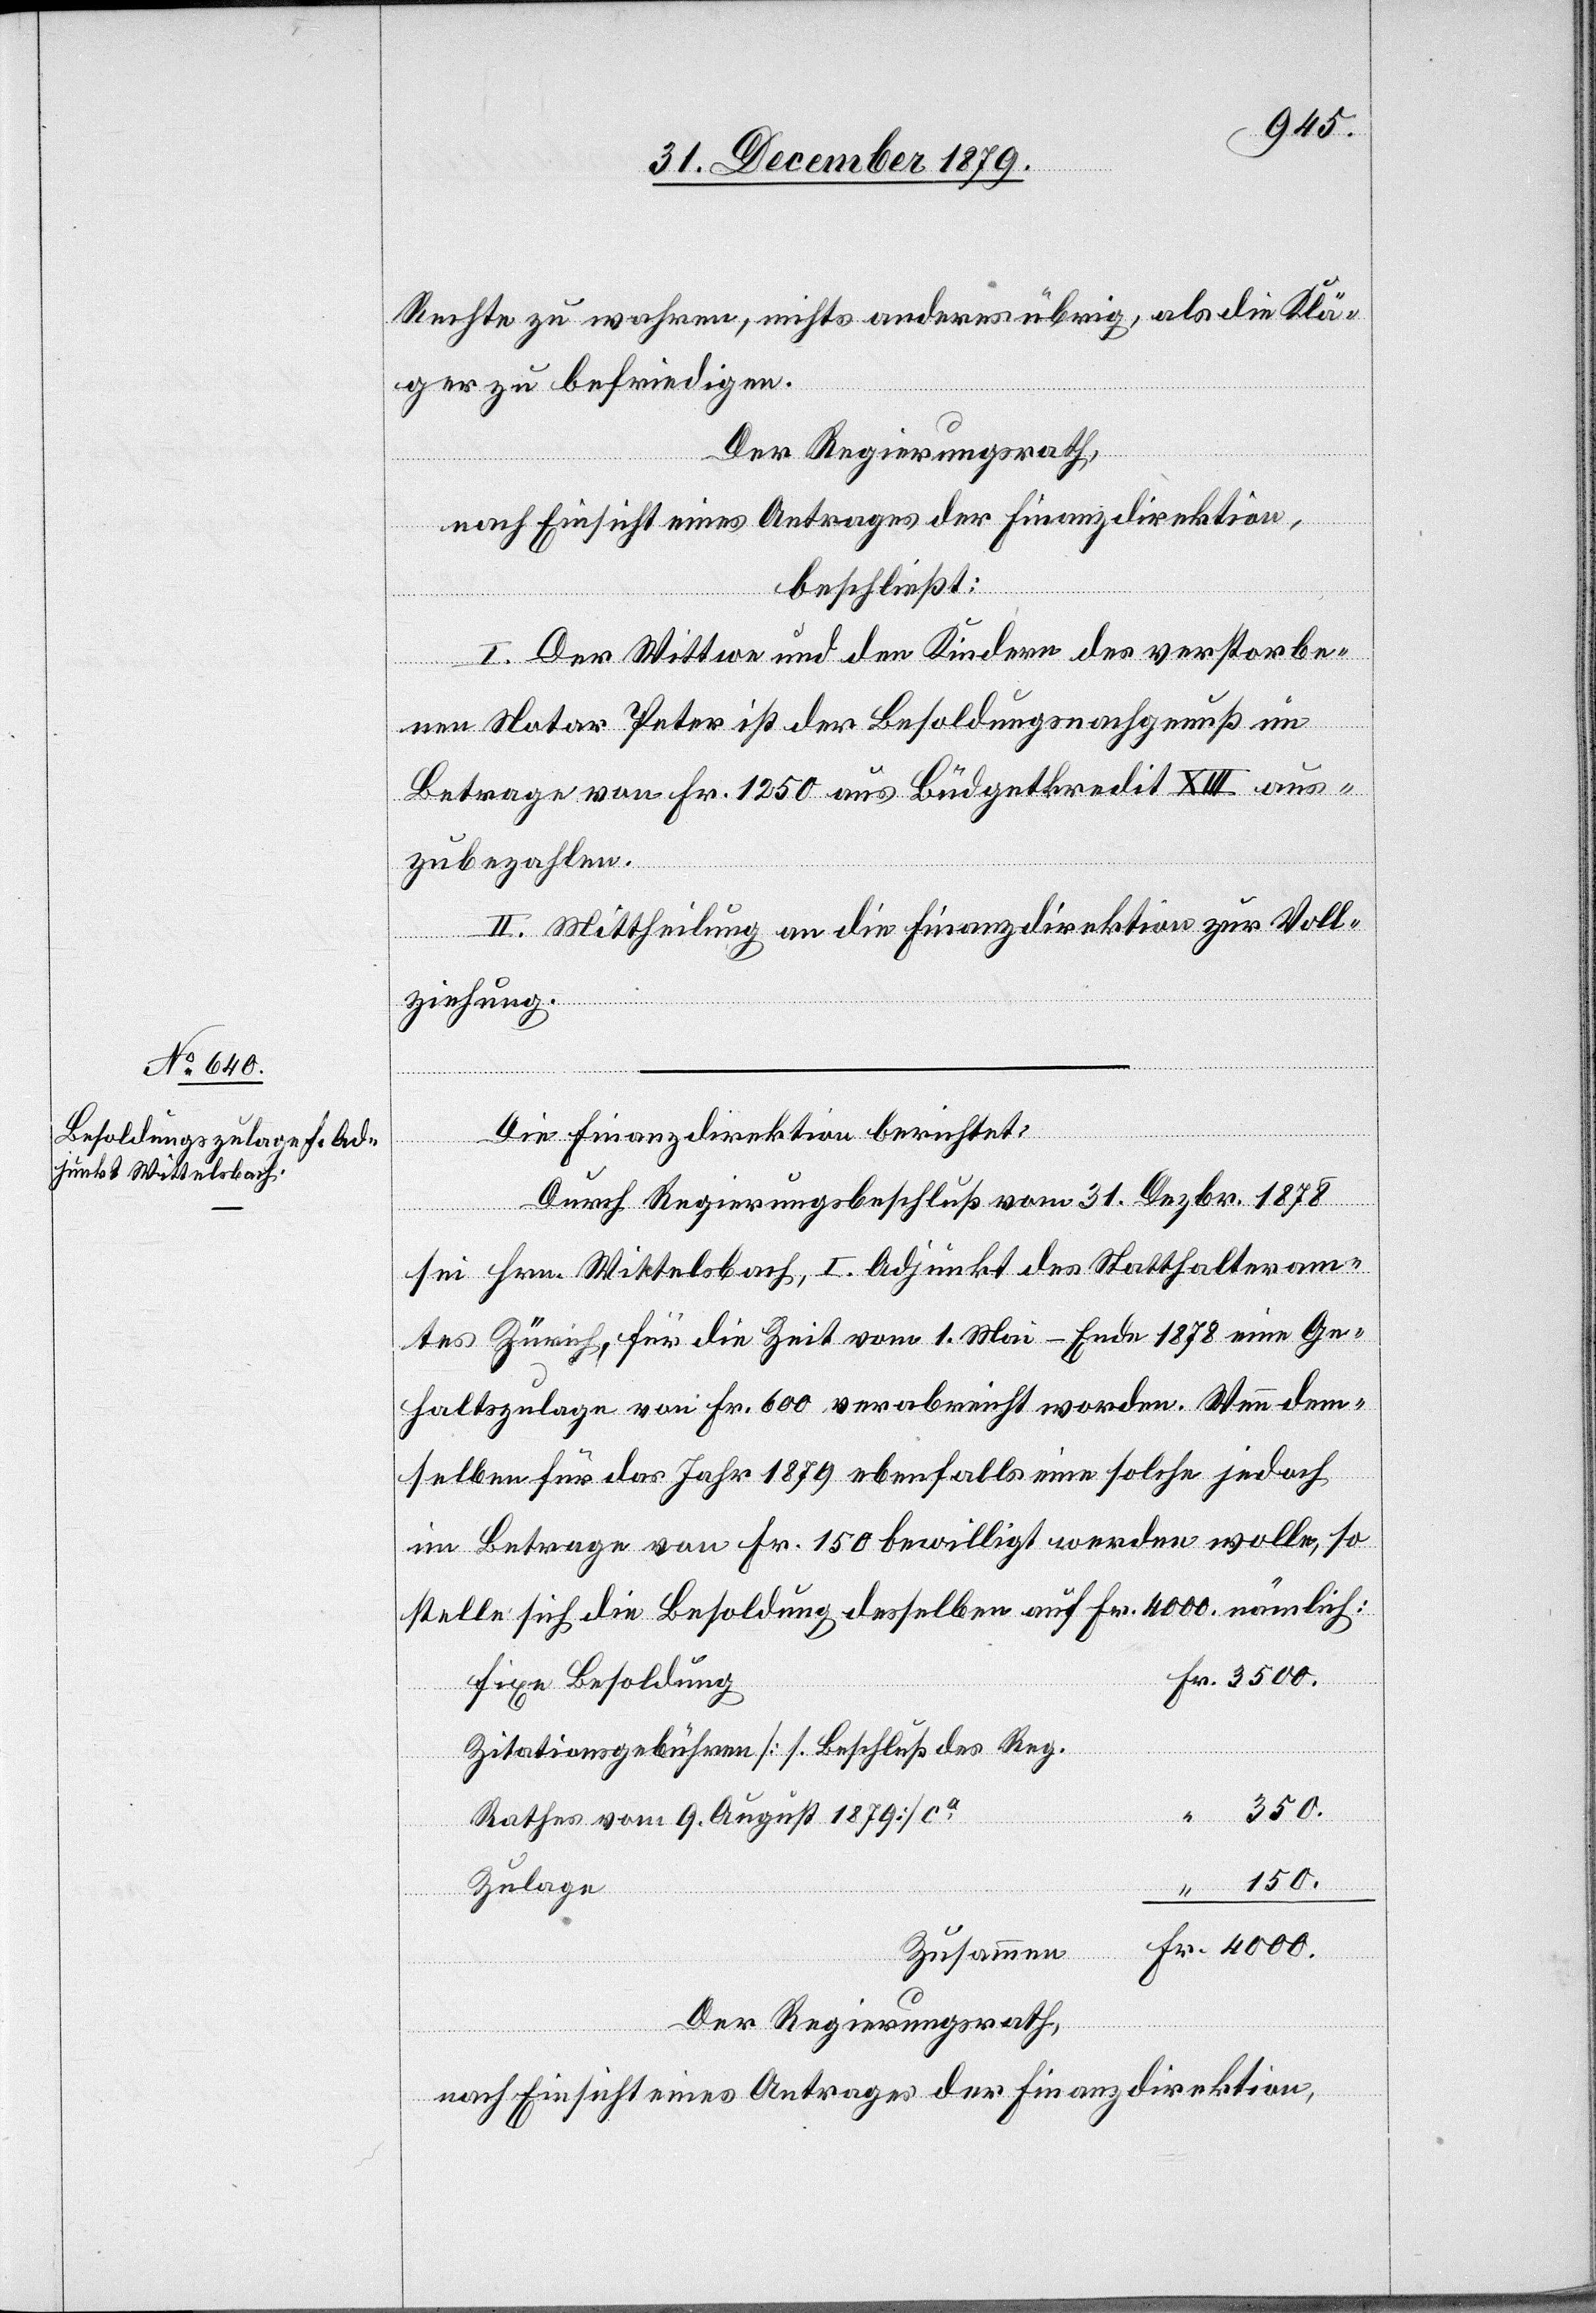
Rechte zu wahren, nichts anderes übrig, als die Klä¬
ger zu befriedigen.
Der Regierungsrath,
nach Einsicht eines Antrages der Finanzdirektion,
beschließt:
I. Der Wittwe und den Kindern des verstorbe¬
nen Notar Peter ist der Besoldungsnachgenuß im
Betrage von Fr. 1250 aus Büdgetkredit XIII aus¬
zubezahlen.
II. Mittheilung an die Finanzdirektion zur Voll¬
ziehung.
Fr.
Die Finanzdirektion berichtet:
Durch Regierungsbeschluß vom 31. Dezbr. 1878
sei Hrn. Wittelsbach, I. Adjunkt des Statthalteram¬
tes Zürich, für die Zeit vom 1. Mai–Ende 1878 eine Ge¬
haltszulage von Fr. 600 verabreicht worden. Wenn dem¬
selben für das Jahr 1879 ebenfalls eine solche jedoch
im Betrage von Fr. 150 bewilligt werden wolle, so
stelle sich die Besoldung desselben auf Fr. 4000. nämlich:
Fixe Besoldung
“
Zitationsgebühren [s. Beschluß des Reg.
350.
Rathes vom 9. August 1878] ca
Zulage
Zusammen
Der Regierungsrath,
nach Einsicht eines Antrages der Finanzdirektion,